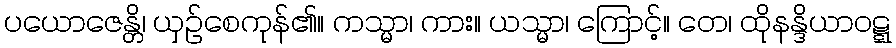
ပယောဇေန္တိ၊ ယှဉ်စေကုန်၏။ ကသ္မာ၊ ကား။ ယသ္မာ၊ ကြောင့်။ တေ၊ ထိုနန္ဒိယာဝဋ္ဋ